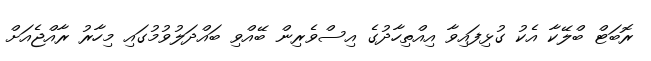
ރޮބަޓް ބްލޭކާ އެކު ގުޅިފައިވާ އިއްތިހާދުގެ އިސްވެރިން ބޭއްވި ބައްދަލުވުމުގައި މިހާރު ރާއްޖެއަށް